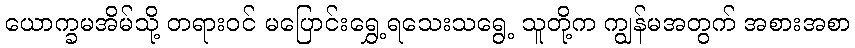
ယောက္ခမအိမ်သို့ တရားဝင် မပြောင်းရွှေ့ရသေးသရွေ့ သူတို့က ကျွန်မအတွက် အစားအစာ